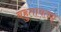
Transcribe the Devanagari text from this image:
बहुतायतश्